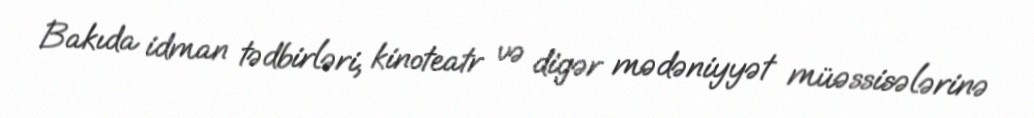
Bakıda idman tədbirləri, kinoteatr və digər mədəniyyət müəssisələrinə